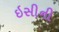
ઇસીની